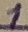
Text: 1